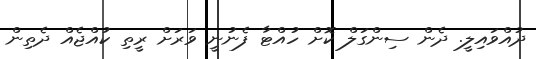
ދުއްވައިލީ. ދެން ސިންގަލް ކޮށް ހުއްޓާ ފެނުނީ ވަރަށް ރީތި ކުއްޖެއް ދެތިން